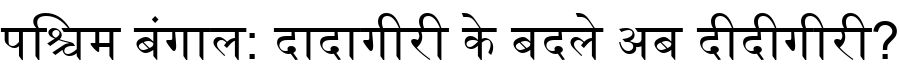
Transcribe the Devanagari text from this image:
पश्चिम बंगाल: दादागीरी के बदले अब दीदीगीरी?